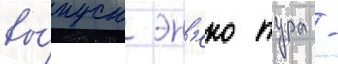
вы́пуск эн'еко тура -